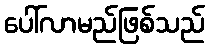
ပေါ်လာမည်ဖြစ်သည်